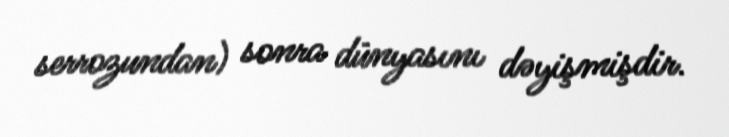
serrozundan) sonra dünyasını dəyişmişdir.